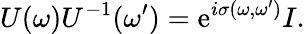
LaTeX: U(\omega)U^{-1}(\omega^{\prime})=\mathrm{e}^{i\sigma(\omega,\omega^{\prime})}I.